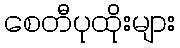
စေတီပုထိုးများ